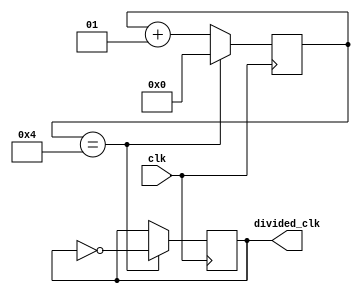
`timescale 1ns / 1ps
//////////////////////////////////////////////////////////////////////////////////
// Company: 
// Engineer: 
// 
// Design Name: 
// Module Name:    clock_divider 
// Project Name: 
// Target Devices: 
// Tool versions: 
// Description: 
//
// Dependencies: 
//
// Revision: 
// Revision 0.01 - File Created
// Additional Comments: 
//
//////////////////////////////////////////////////////////////////////////////////
module clock_25MHz
(input wire clk,
 output reg divided_clk = 0);

localparam div_value = 4;    
integer counter_value = 0;

always @ (posedge clk)
begin

if (counter_value == div_value)
 counter_value <= 0;
else
 counter_value <= counter_value + 1;
end 

always@(posedge clk)
begin

 if (counter_value == div_value)
  divided_clk <= ~divided_clk;
 else
  divided_clk <= divided_clk;
end
endmodule